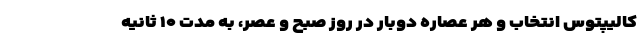
کالیپتوس انتخاب و هر عصاره دوبار در روز صبح و عصر، به مدت ۱۰ ثانیه